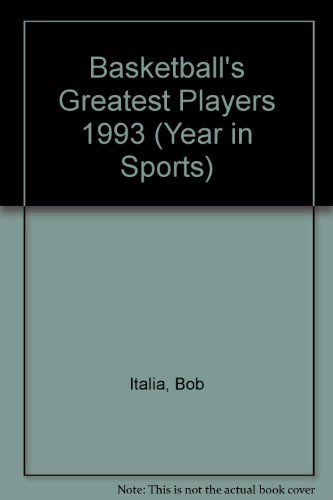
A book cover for Basketball's Greatest Players 1993 (Year in Sports, 1993); Bob Italia; Teen & Young Adult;